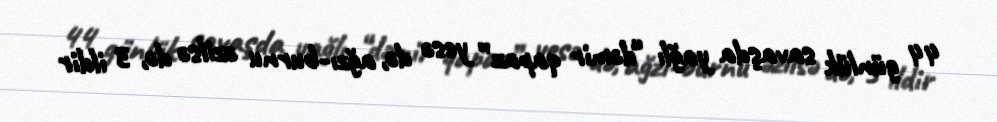
44 günlük savaşda yağlı “dəmir qapaz” yesə də, ağzı-burnu əzilsə də, 3 ildir